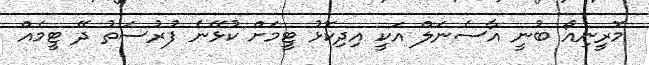
މޮރީނިއޯ ބުނީ އާސެނަލް އަކީ އިދިކޮޅު ޓީމަށް ކުޅޭނެ ފުރުސަތު ދޭ ޓީމެއް